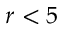
r < 5